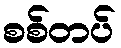
စစ်တပ်